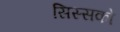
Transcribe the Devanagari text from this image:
सिस्सको